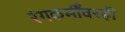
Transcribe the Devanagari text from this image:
रंगकर्मींवरही